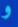
و